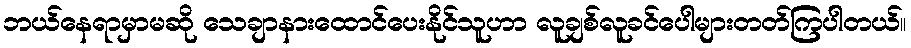
ဘယ်နေရာမှာမဆို သေချာနားထောင်ပေးနိုင်သူဟာ လူချစ်လူခင်ပေါများတတ်ကြပါတယ်။